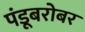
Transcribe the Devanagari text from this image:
पंडूबरोबर